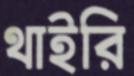
থাইরি